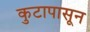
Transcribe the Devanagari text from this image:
कुटापासून